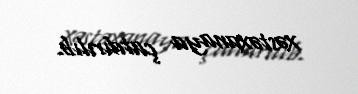
xəstəxanaya çatdırılıb.